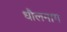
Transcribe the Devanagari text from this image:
धौलनाग